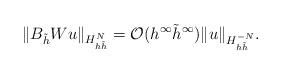
LaTeX: \begin{align*} \|B_{\tilde{h}}Wu\|_{H^N_{h\tilde{h}}}=\mathcal{O}(h^\infty \tilde{h}^\infty)\|u\|_{H^{-N}_{h\tilde{h}}}.\end{align*}